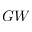
G W